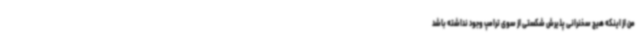
من از اینکه هیچ سخنرانی پذیرش شکستی از سوی ترامپ وجود نداشته باشد